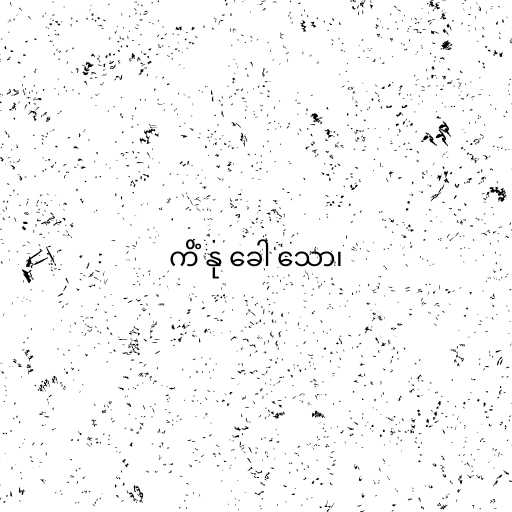
ကိံ နု ခေါ သော၊